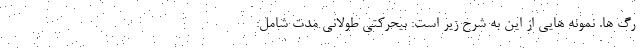
رگ ها. نمونه هایی از این به شرح زیر است: بیحرکتی طولانی مدت شامل: